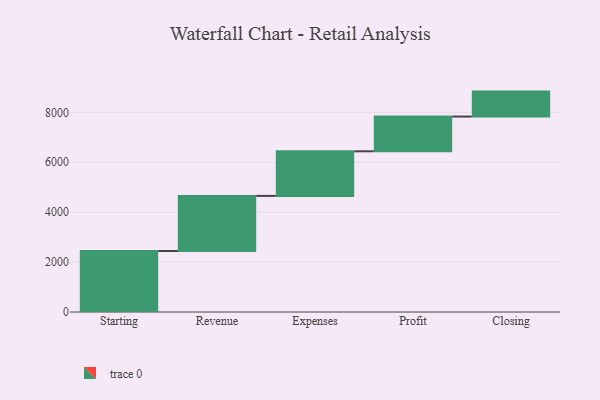
{"axis": {"x": "Step", "y": "Value"}, "legend": [""], "data": [{"x": "Starting", "y": 2444.0, "type": ""}, {"x": "Revenue", "y": 2209.0, "type": ""}, {"x": "Expenses", "y": 1787.0, "type": ""}, {"x": "Profit", "y": 1392.0, "type": ""}, {"x": "Closing", "y": 1000, "type": ""}]}